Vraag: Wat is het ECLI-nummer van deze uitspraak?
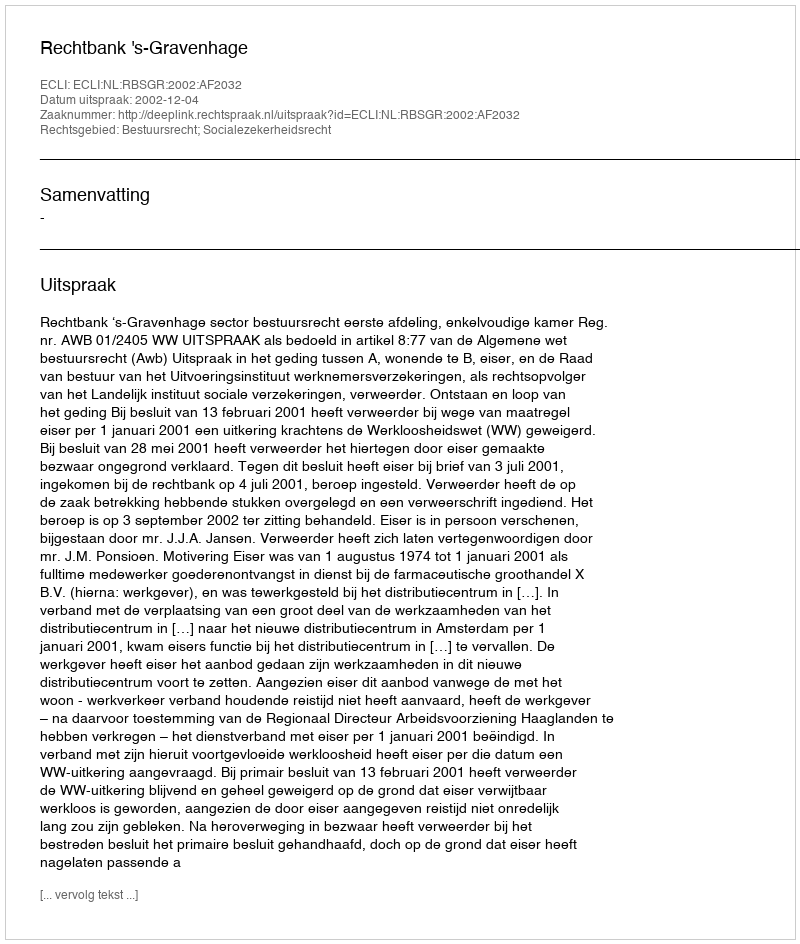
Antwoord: ECLI:NL:RBSGR:2002:AF2032